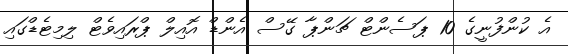
އެ ކުންފުނީގެ 10 ޕަސެންޓް ޗަންޕާ ގޭސް އެންޑް އޮއިލް ޕްރައިވެޓް ލިމިޓެޑްގައި